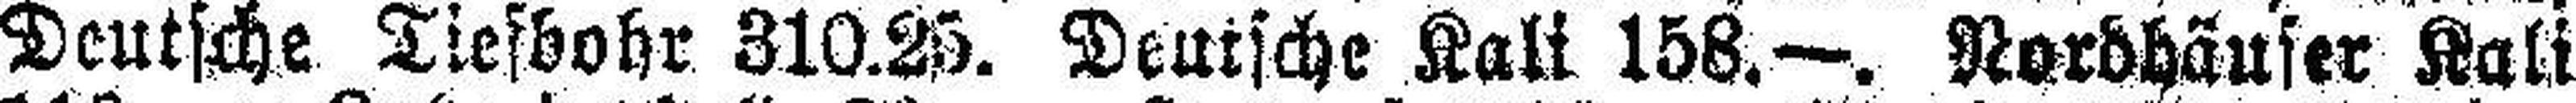
Deutsche Tiesbohr 310.25. Deutsche Kalt 158.—. Nordhäuser Kali